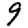
Digit: 9